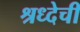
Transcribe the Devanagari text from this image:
श्रध्देची